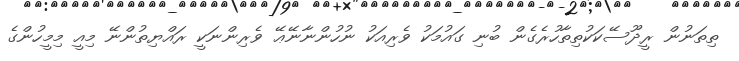
ތިތަނުން ރީދޫސޭކަކުތިތާހުރެގެން ބުނި ގައުމަކު ވެރިއަކު ނުހުންނާނޭޢޭ ވެރިންނަކީ ރައްޔިތުންނޭ މިއީ މިމީހުންގެ